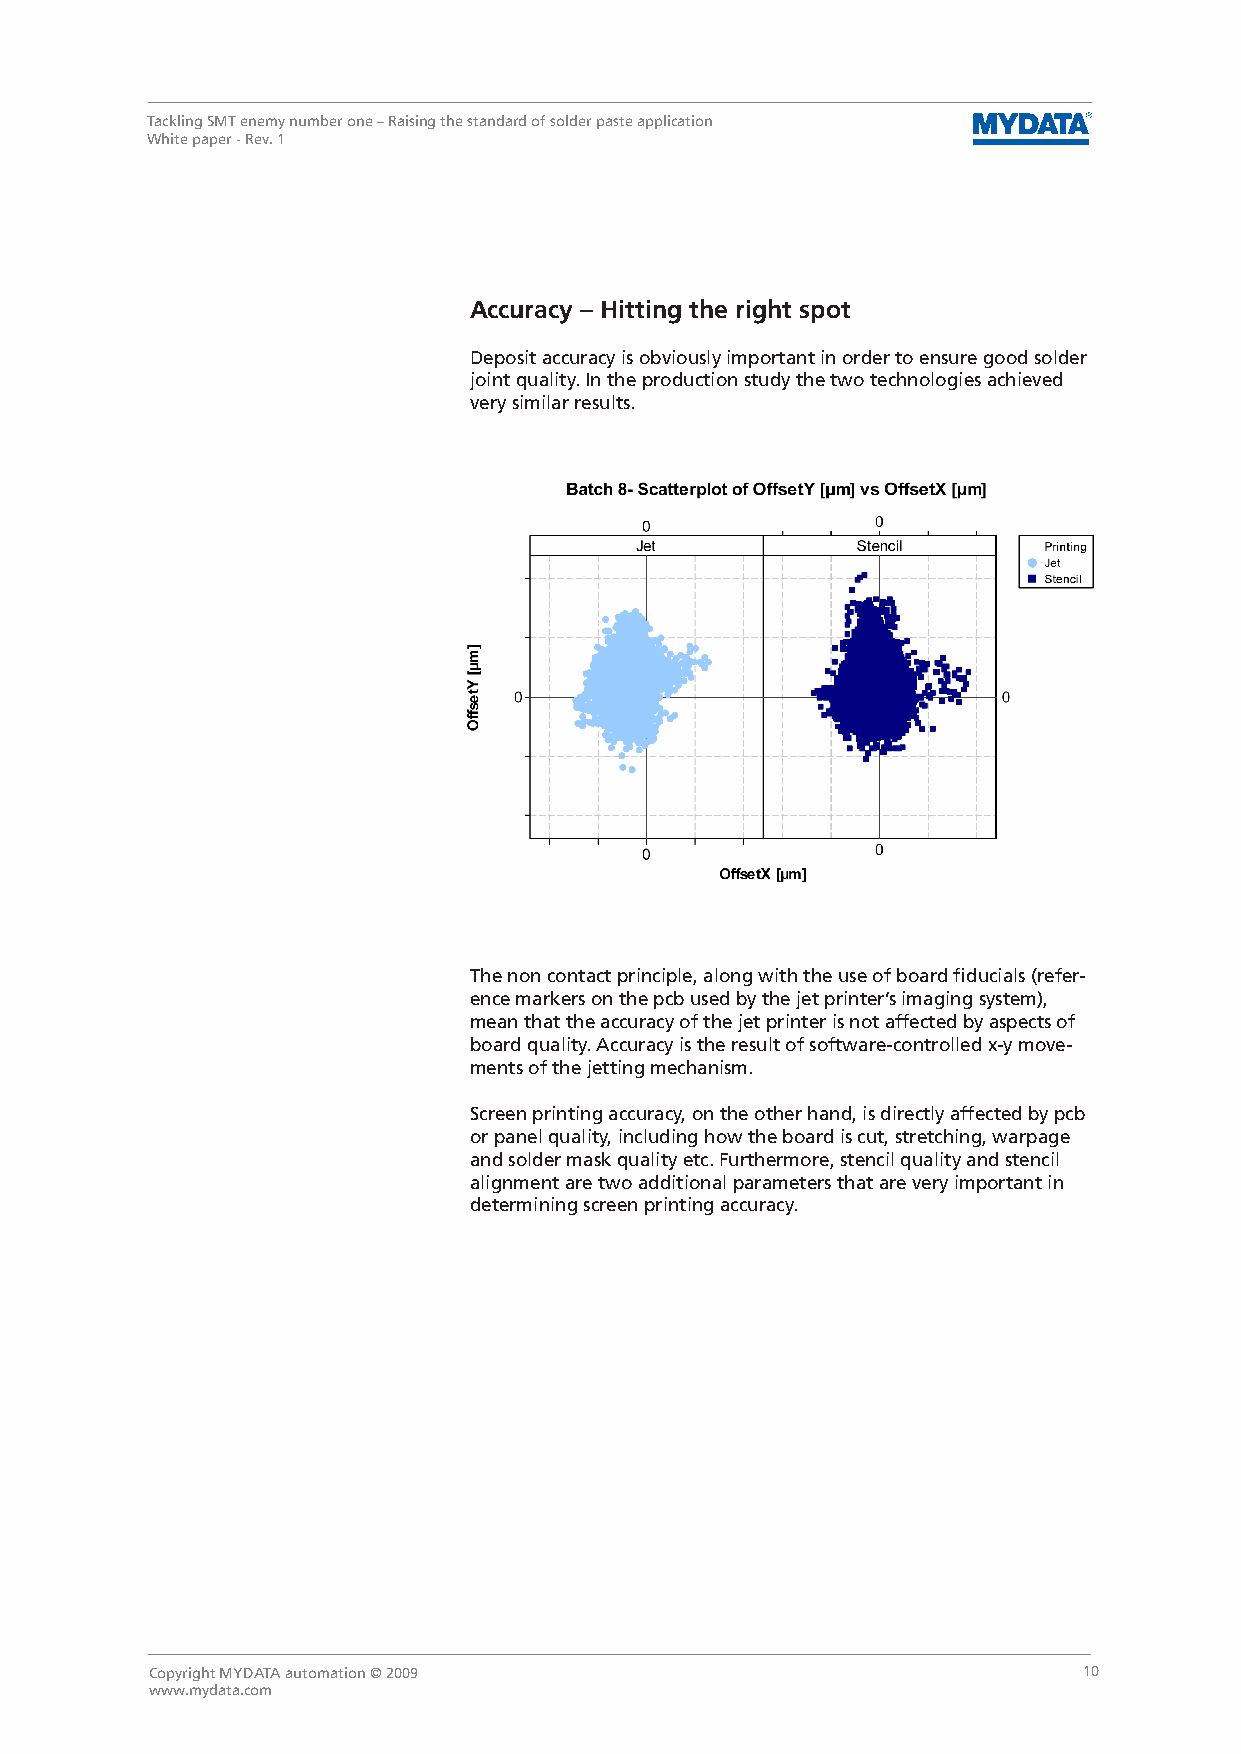
Tackling SMT enemy number one – Raising the standard of solder paste application
 White paper - Rev. 1
 Accuracy – Hitting the right spot
 Deposit accuracy is obviously important in order to ensure good solder
 joint quality. In the production study the two technologies achieved
 very similar results.
 The non contact principle, along with the use of board fiducials (refer-
 ence markers on the pcb used by the jet printer’s imaging system),
 mean that the accuracy of the jet printer is not affected by aspects of
 board quality. Accuracy is the result of software-controlled x-y move-
 ments of the jetting mechanism.
 Screen printing accuracy, on the other hand, is directly affected by pcb
 or panel quality, including how the board is cut, stretching, warpage
 and solder mask quality etc. Furthermore, stencil quality and stencil
 alignment are two additional parameters that are very important in
 determining screen printing accuracy.
 Copyright MYDATA automation © 2009                            10
 www.mydata.com